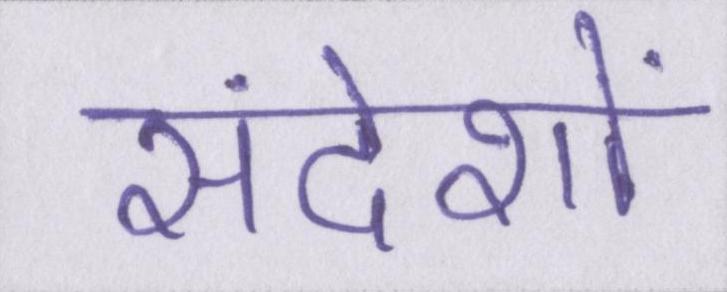
संदेशों